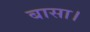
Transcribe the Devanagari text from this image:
बासा।